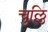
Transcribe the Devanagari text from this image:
चुल्लि